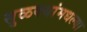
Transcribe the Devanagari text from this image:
सुळक्यांमधल्या